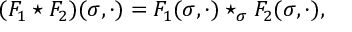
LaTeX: ( F _ { 1 } \star F _ { 2 } ) ( \sigma , \cdot ) = F _ { 1 } ( \sigma , \cdot ) \star _ { \sigma } F _ { 2 } ( \sigma , \cdot ) ,